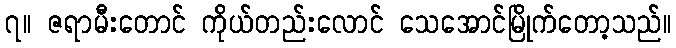
၇။ ဇရာမီးတောင် ကိုယ်တည်းလောင် သေအောင်မြိုက်တော့သည်။